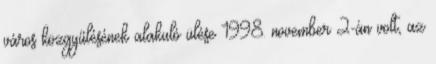
város közgyűlésének alakuló ülése 1998. november 2-án volt, az